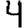
Digit: 4